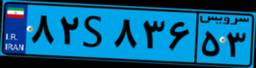
۸۲S۸۳۶۵۳